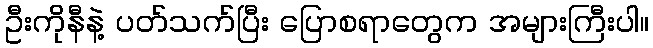
ဦးကိုနီနဲ့ ပတ်သက်ပြီး ပြောစရာတွေက အများကြီးပါ။